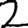
Digit: 2